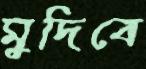
মুদিবে